65_HS1-834228961_62-HQ-83894_Section_6
Agency: FBI
Page 111
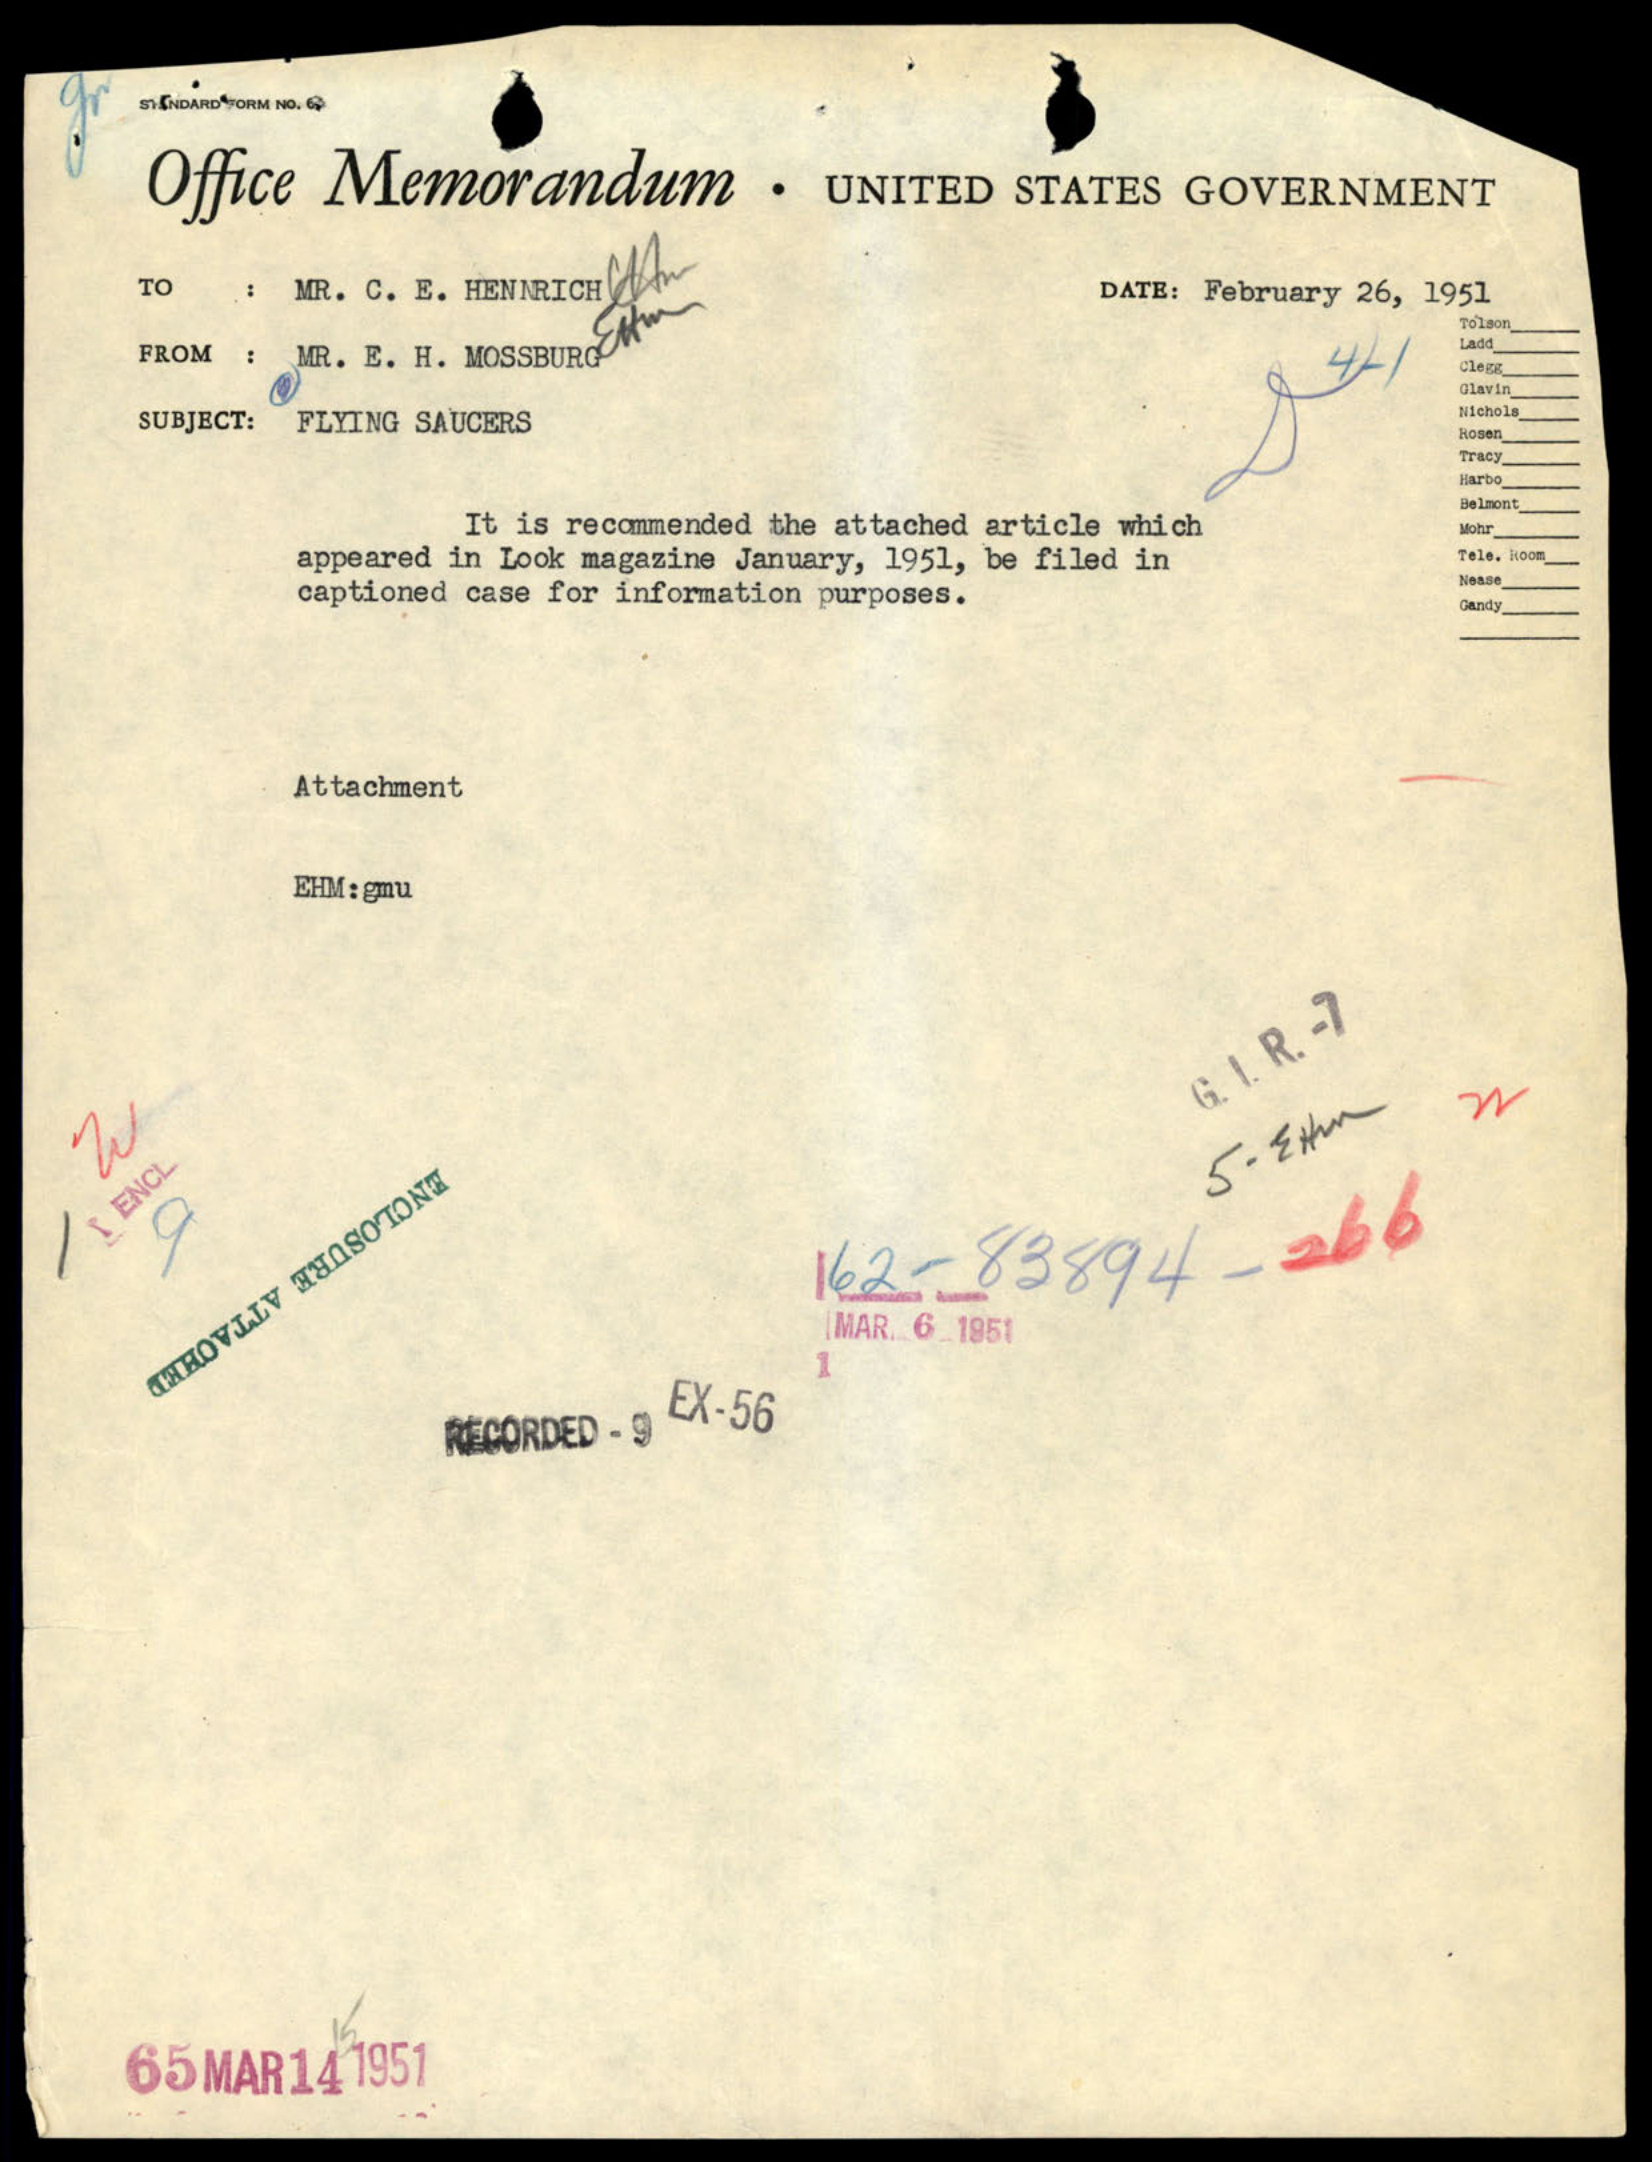